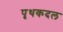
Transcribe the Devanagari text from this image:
पृथकदल